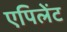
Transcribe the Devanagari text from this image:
एपिलेंट